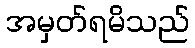
အမှတ်ရမိသည်